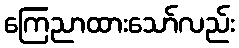
ကြေညာထားသော်လည်း